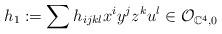
LaTeX: \begin{align*}h_1 := \sum h_{ijkl} x^i y^j z^k u^l \in \mathcal{O}_{\mathbb{C}^4,0}\end{align*}